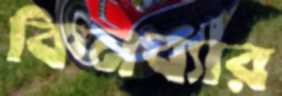
কিনব্যার